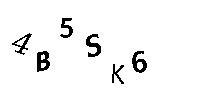
4B5SK6